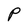
Character: P